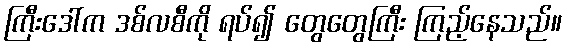
ကြီးဒေါ်က ဒစ်လစီကို ရပ်၍ တွေတွေကြီး ကြည့်နေသည်။